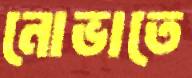
নোভাতে